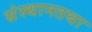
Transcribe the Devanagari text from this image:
संस्थानतथा